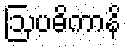
ဩပဓိကာနိ